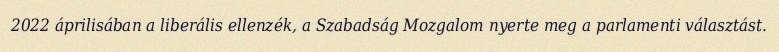
2022 áprilisában a liberális ellenzék, a Szabadság Mozgalom nyerte meg a parlamenti választást.